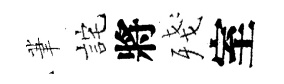
茟詫將殘室